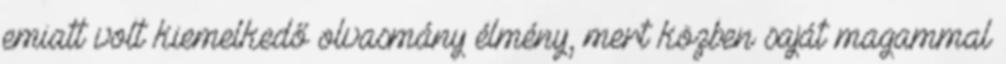
emiatt volt kiemelkedő olvasmány élmény, mert közben saját magammal